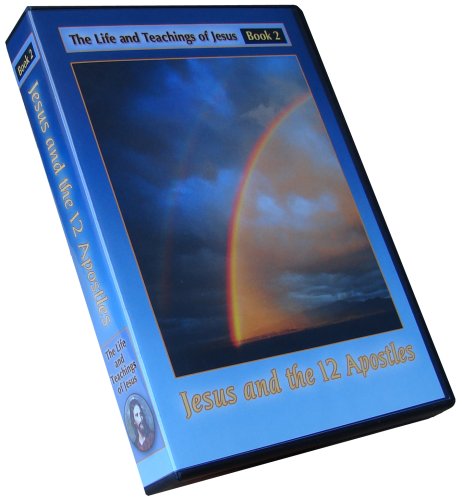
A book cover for The Urantia Book Part IV: Jesus and the 12 Apostles - Book 2; Divine Counselor Et-al; Religion & Spirituality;